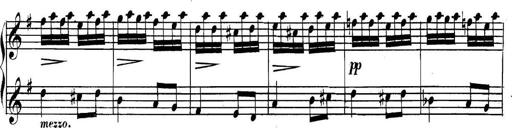
Title: Collected Piano Sonatas
Composer: Muzio Clementi